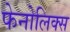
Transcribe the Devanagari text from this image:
फेनोलिक्स